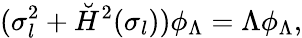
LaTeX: (\sigma_{l}^{2}+\breve{H}^{2}(\sigma_{l}))\phi_{\Lambda}=\Lambda\phi_{\Lambda},